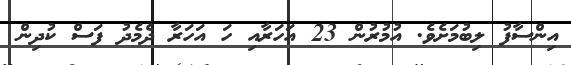
އިންސާފު ލިބުމަށެވެ. އުމުރުން 23 އަހަރާއި ހަ އަހަރާ ދެމެދު ފަސް ކުދިން